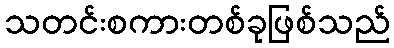
သတင်းစကားတစ်ခုဖြစ်သည်